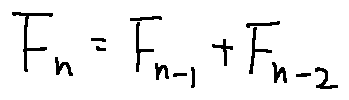
F _ { n } = F _ { n - 1 } + F _ { n - 2 }